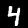
Digit: 4